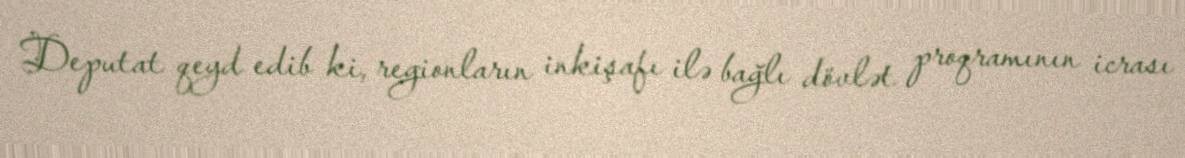
Deputat qeyd edib ki, regionların inkişafı ilə bağlı dövlət proqramının icrası